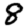
Digit: 8